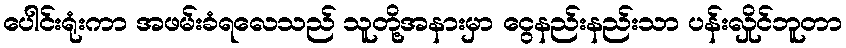
ပေါင်းရုံးကာ အဖမ်းခံရလေသည် သူတို့အနားမှာ ငွေနည်းနည်းသာ ပန်းလှိုင်ဘူတာ